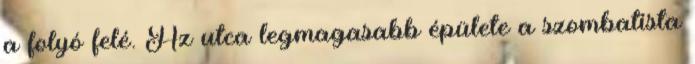
a folyó felé. Az utca legmagasabb épülete a szombatista